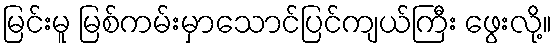
မြင်းမူ မြစ်ကမ်းမှာသောင်ပြင်ကျယ်ကြီး ဖွေးလို့။